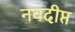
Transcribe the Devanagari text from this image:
नवदीप्त